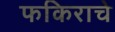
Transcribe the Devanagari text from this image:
फकिराचे